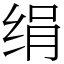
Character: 绢